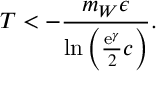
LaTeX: T < - \frac { m _ { W } \epsilon } { \ln \left( \frac { \mathrm { e } ^ { \gamma } } { 2 } c \right) } .